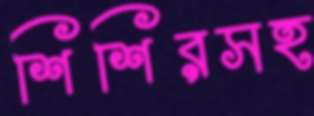
শিশিরসহ